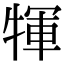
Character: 㹆